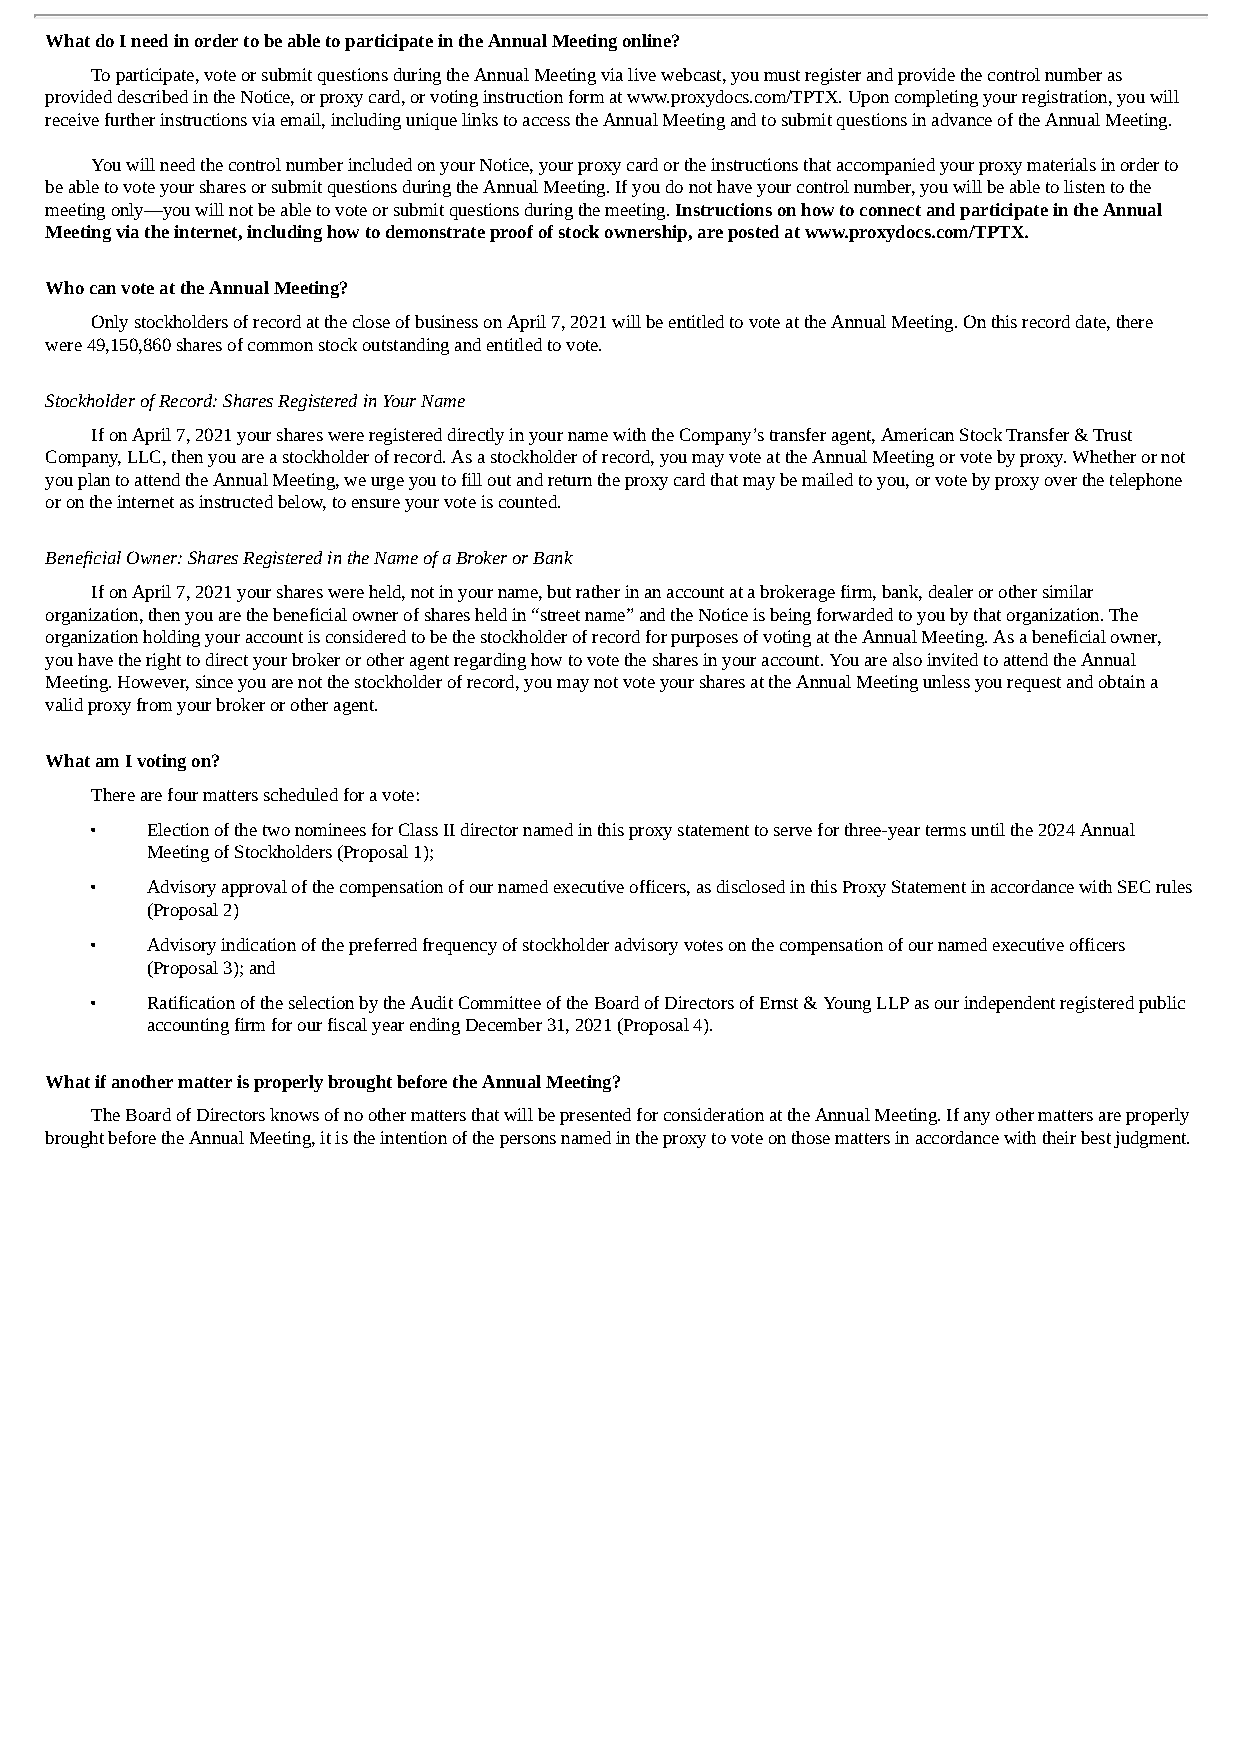
What do I need in order to be able to participate in the Annual Meeting online?
 To participate, vote or submit questions during the Annual Meeting via live webcast, you must register and provide the control number as
 provided described in the Notice, or proxy card, or voting instruction form at www.proxydocs.com/TPTX. Upon completing your registration, you will
 receive further instructions via email, including unique links to access the Annual Meeting and to submit questions in advance of the Annual Meeting.
 You will need the control number included on your Notice, your proxy card or the instructions that accompanied your proxy materials in order to
 be able to vote your shares or submit questions during the Annual Meeting. If you do not have your control number, you will be able to listen to the
 meeting only—you will not be able to vote or submit questions during the meeting. Instructions on how to connect and participate in the Annual
 Meeting via the internet, including how to demonstrate proof of stock ownership, are posted at www.proxydocs.com/TPTX.
 Who can vote at the Annual Meeting?
 Only stockholders of record at the close of business on April 7, 2021 will be entitled to vote at the Annual Meeting. On this record date, there
 were 49,150,860 shares of common stock outstanding and entitled to vote.
 Stockholder of Record: Shares Registered in Your Name
 If on April 7, 2021 your shares were registered directly in your name with the Company’s transfer agent, American Stock Transfer & Trust
 Company, LLC, then you are a stockholder of record. As a stockholder of record, you may vote at the Annual Meeting or vote by proxy. Whether or not
 you plan to attend the Annual Meeting, we urge you to fill out and return the proxy card that may be mailed to you, or vote by proxy over the telephone
 or on the internet as instructed below, to ensure your vote is counted.
 Beneficial Owner: Shares Registered in the Name of a Broker or Bank
 If on April 7, 2021 your shares were held, not in your name, but rather in an account at a brokerage firm, bank, dealer or other similar
 organization, then you are the beneficial owner of shares held in “street name” and the Notice is being forwarded to you by that organization. The
 organization holding your account is considered to be the stockholder of record for purposes of voting at the Annual Meeting. As a beneficial owner,
 you have the right to direct your broker or other agent regarding how to vote the shares in your account. You are also invited to attend the Annual
 Meeting. However, since you are not the stockholder of record, you may not vote your shares at the Annual Meeting unless you request and obtain a
 valid proxy from your broker or other agent.
 What am I voting on?
 There are four matters scheduled for a vote:
 •   Election of the two nominees for Class II director named in this proxy statement to serve for three-year terms until the 2024 Annual
 Meeting of Stockholders (Proposal 1);
 •   Advisory approval of the compensation of our named executive officers, as disclosed in this Proxy Statement in accordance with SEC rules
 (Proposal 2)
 •   Advisory indication of the preferred frequency of stockholder advisory votes on the compensation of our named executive officers
 (Proposal 3); and
 •   Ratification of the selection by the Audit Committee of the Board of Directors of Ernst & Young LLP as our independent registered public
 accounting firm for our fiscal year ending December 31, 2021 (Proposal 4).
 What if another matter is properly brought before the Annual Meeting?
 The Board of Directors knows of no other matters that will be presented for consideration at the Annual Meeting. If any other matters are properly
 brought before the Annual Meeting, it is the intention of the persons named in the proxy to vote on those matters in accordance with their best judgment.